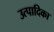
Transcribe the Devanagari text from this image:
उत्पादिका